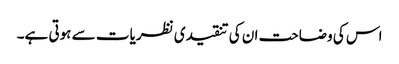
اس کی وضاحت ان کی تنقیدی نظریات سے ہوتی ہے۔